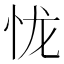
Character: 𢘙